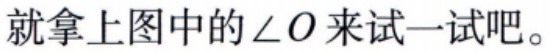
就拿上图中的\(\angle O\)来试一试吧。